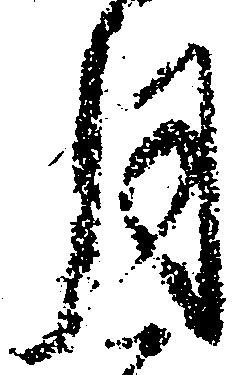
月